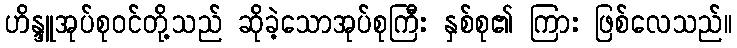
ဟိန္ဒူအုပ်စုဝင်တို့သည် ဆိုခဲ့သောအုပ်စုကြီး နှစ်စု၏ ကြား ဖြစ်လေသည်။